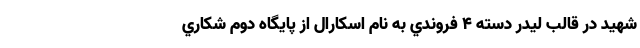
شهيد در قالب ليدر دسته 4 فروندي به نام اسكارال از پايگاه دوم شكاري